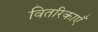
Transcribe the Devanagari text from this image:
वितरिकाएँ